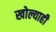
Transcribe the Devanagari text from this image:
खोल्याही